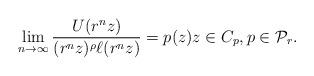
LaTeX: \begin{align*}\lim_{n \to \infty} \frac{U(r^n z)}{(r^n z)^{\rho} \ell(r^n z)} =p(z) z \in C_{p}, p \in \mathcal{P}_{r}.\end{align*}